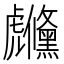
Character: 虪